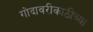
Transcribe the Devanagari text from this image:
गोदावरीकाठीच्या